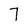
Character: 7